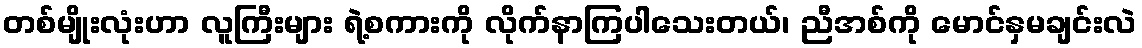
တစ်မျိုးလုံးဟာ လူကြီးများ ရဲ့စကားကို လိုက်နာကြပါသေးတယ်၊ ညီအစ်ကို မောင်နှမချင်းလဲ